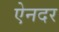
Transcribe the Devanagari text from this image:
ऐनदर